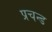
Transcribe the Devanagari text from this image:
प्रचन्ड